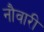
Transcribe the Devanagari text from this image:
नौवारी